Laidoner,_Johan, lk 93
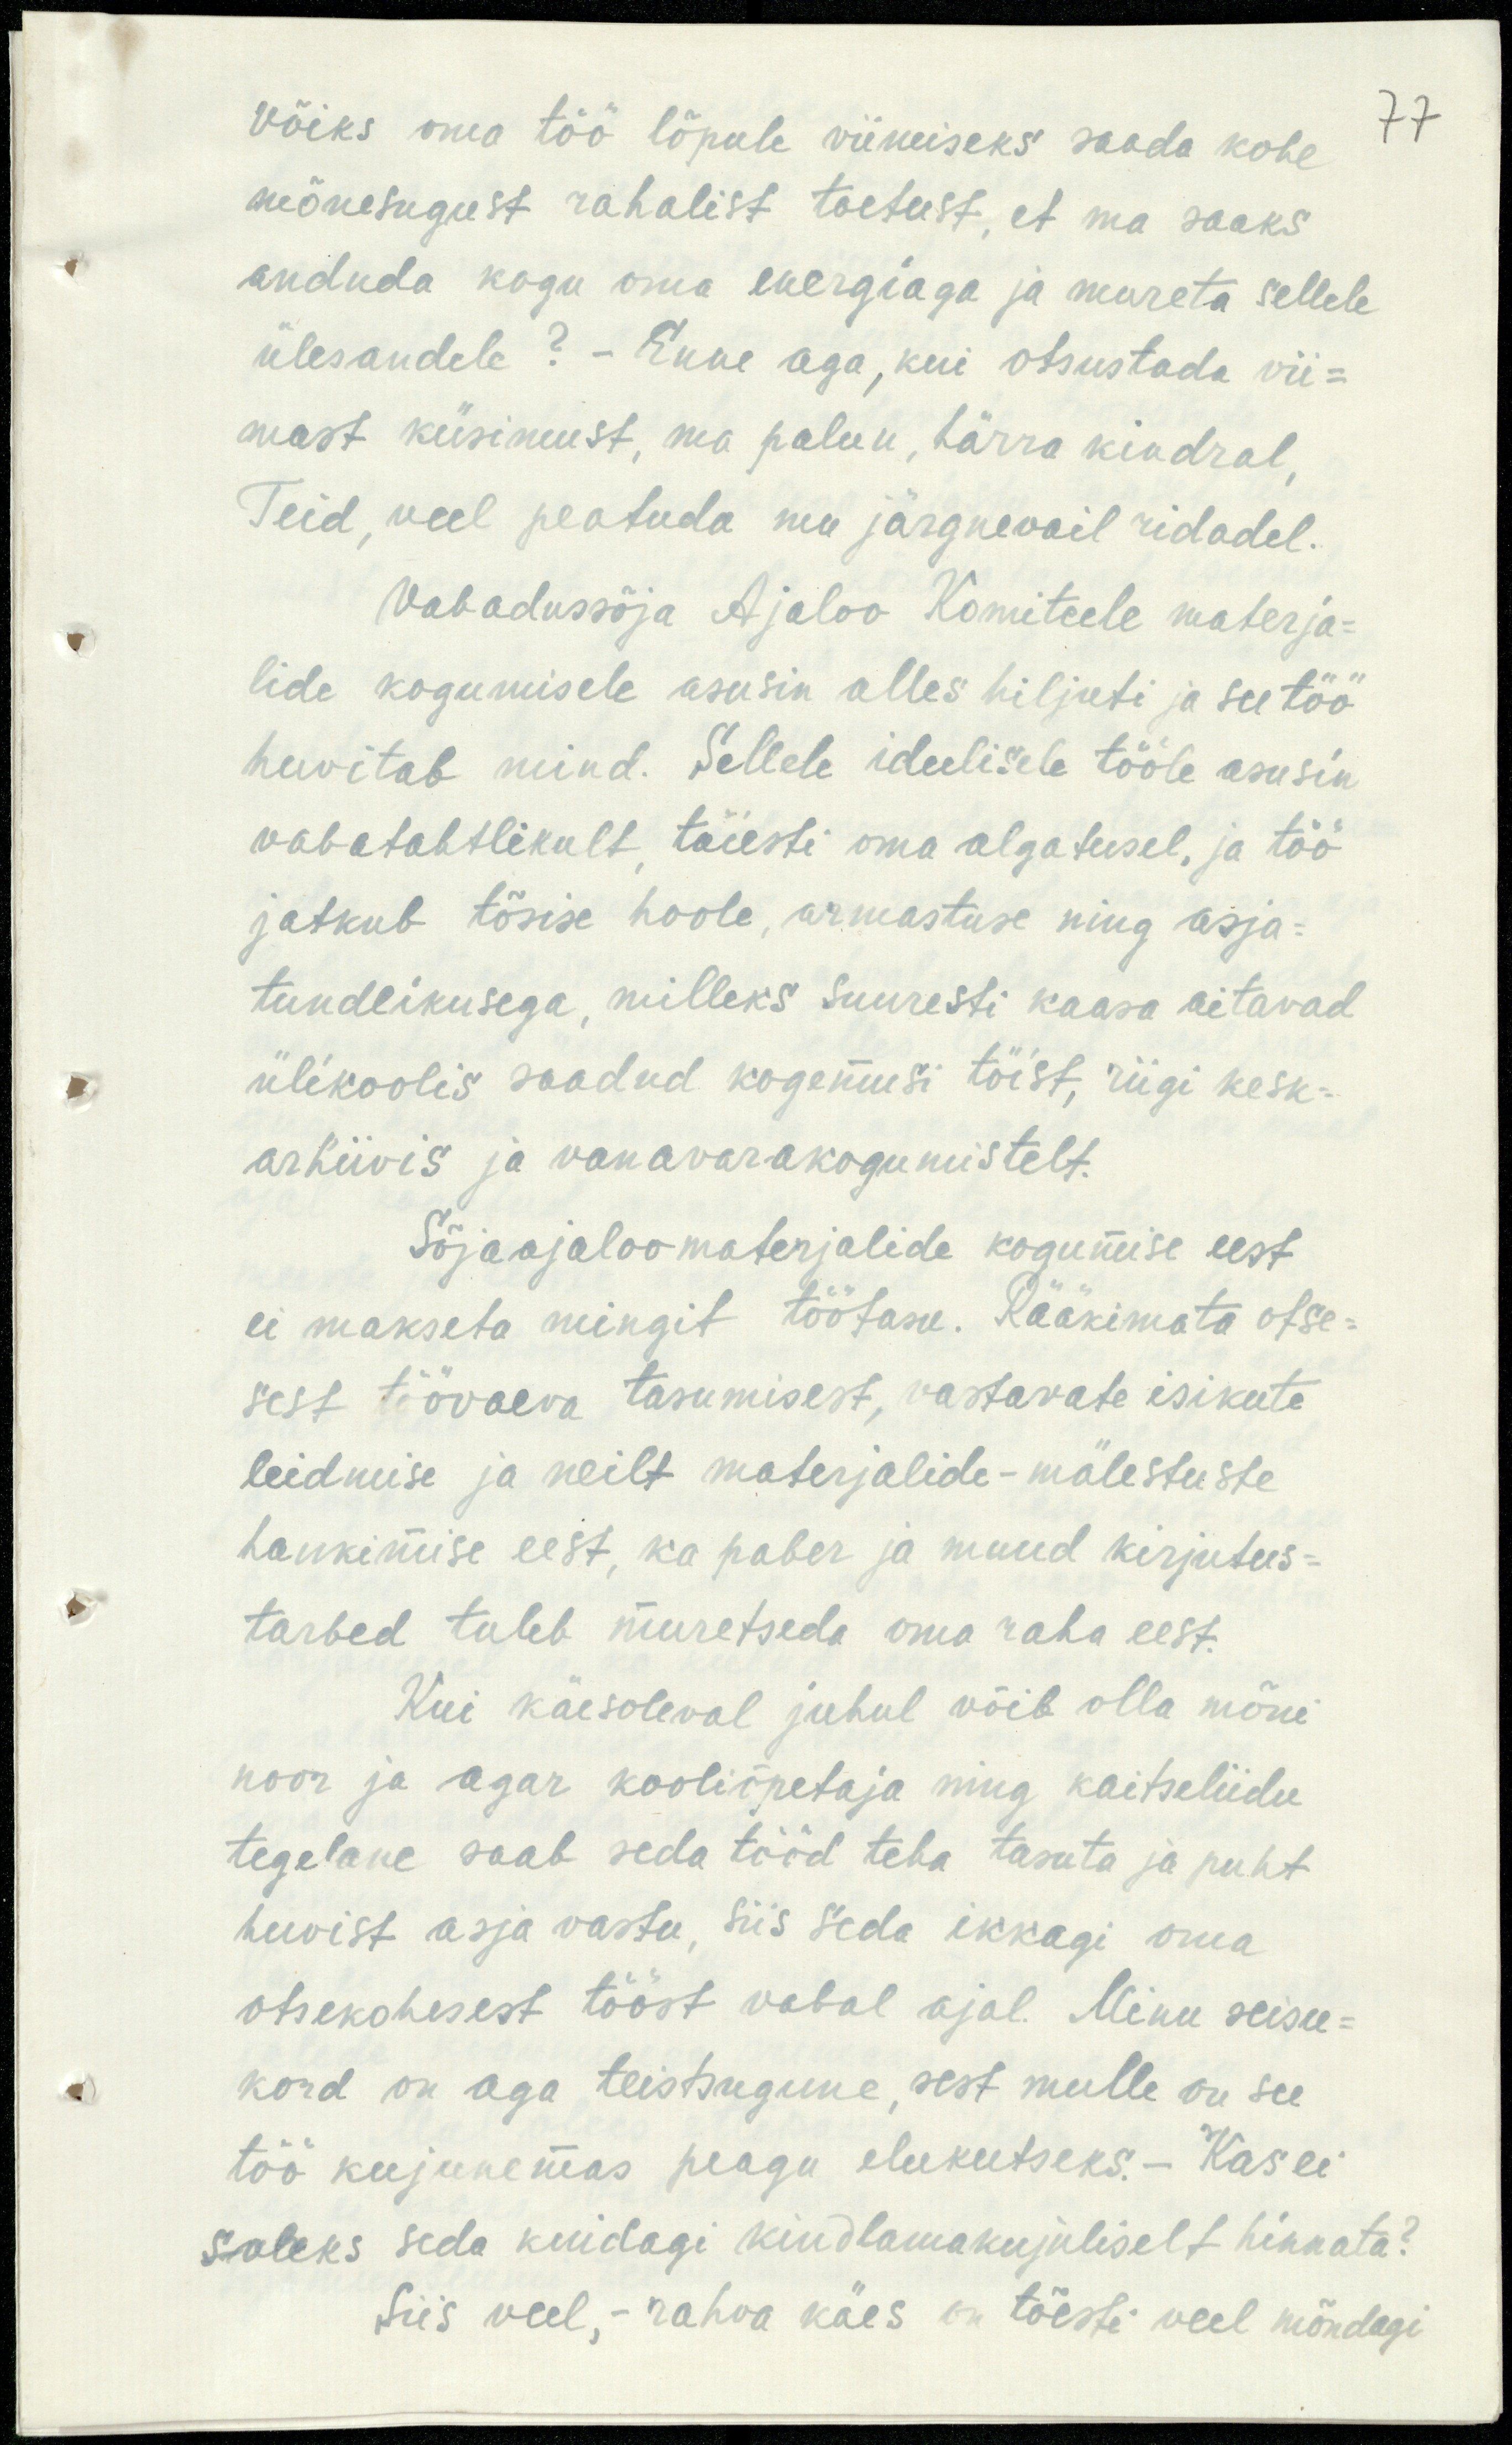
77

Võiks oma töö lõpule viimiseks saada kohe
mõnesugust rahalist toetust, et ma saaks
anduda kogu oma energiaga ja mureta sellele
ülesandele? – Enne aga, kui otsustada vii-
mast küsimust, ma palun, härra kindral,
Teid, veel peatuda mu järgnevail ridadel.
Vabadussõja Ajaloo Komiteele materja-
lide kogumisele asusin alles hiljuti ja see töö
huvitab mind. Sellele ideelisele tööle asusin
vabatahtlikult, täiesti oma algatusel, ja töö
jatkub tõsise hoole, armastuse ning asja-
tundlikusega, milleks suuresti kaasa aitavad
ülikoolis saadud kogemusi töist, riigi kesk-
arhiivis ja vanavarakogumistelt.
Sõjaajaloo materjalide kogumise eest
ei makseta mingit töötasu. Rääkimata otse-
sest töövaeva tasumisest, vastavate isikute
leidmise ja neilt materjalide-mälestuste
hankimise eest, ka paber ja muud kirjutus-
tarbed tuleb muretseda oma raha eest.
Kui käesoleval juhul võib olla mõni
noor ja agar kooliõpetaja ning kaitseliidu
tegelane saab seda tööd teha tasuta ja puht
huvist asja vastu, siis seda ikkagi oma
otsekohesest tööst vabal ajal. Minu seisu-
kord on aga teistsugune, sest mulle on see
töö kujunemas peagu elukutseks.- Kas ei
saaks seda kuidagi kindlamakujuliselt hinnata?
Siis veel, - rahva käes on tõesti veel mõndagi